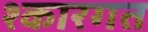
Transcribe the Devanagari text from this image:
श्कारगत